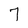
Character: 7